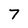
Character: 7